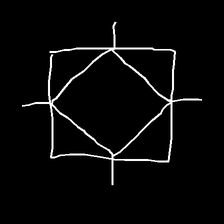
Glyph: light